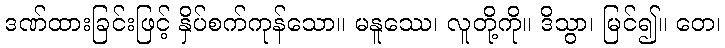
ဒဏ်ထားခြင်းဖြင့် နှိပ်စက်ကုန်သော။ မနူဿေ၊ လူတို့ကို။ ဒိသွာ၊ မြင်၍။ တေ၊